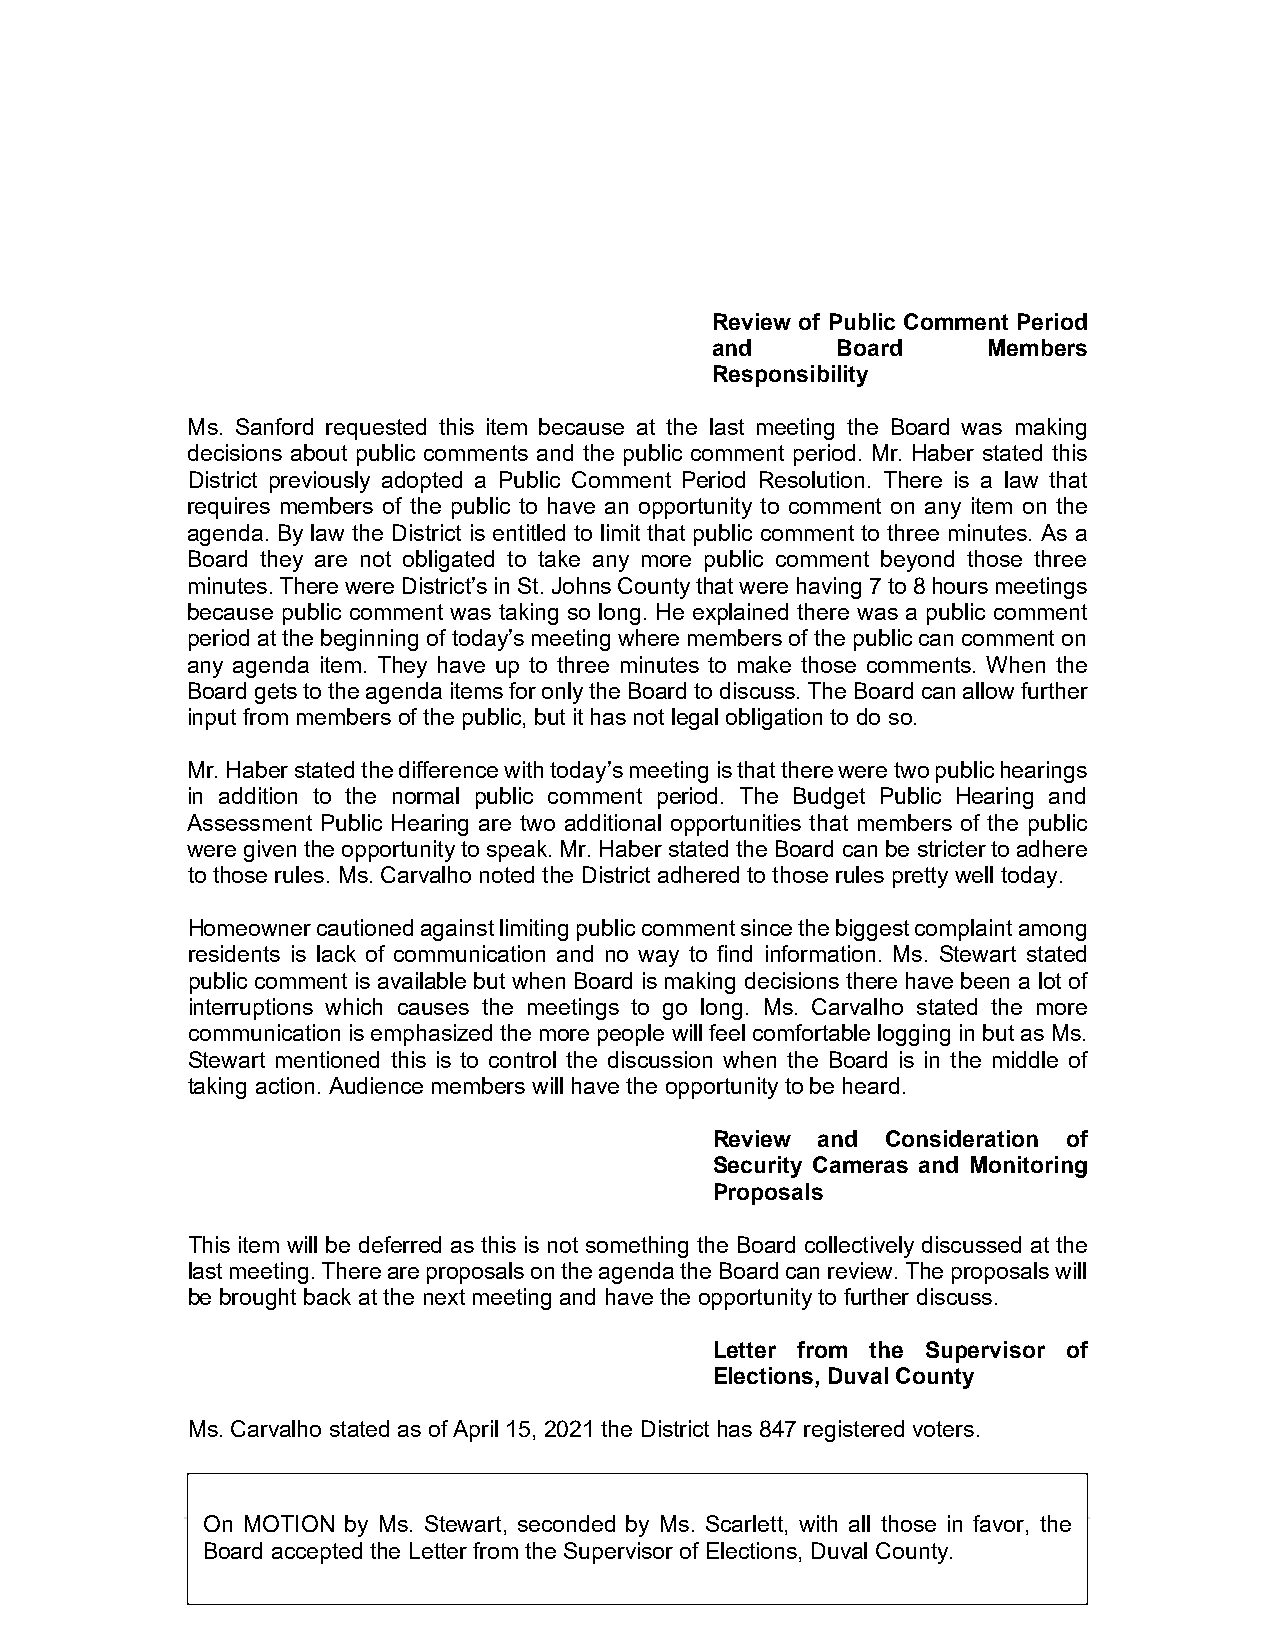
Review of Public Comment Period
 and     Board     Members
 Responsibility
 Ms. Sanford requested this item because at the last meeting the Board was making
 decisions about public comments and the public comment period. Mr. Haber stated this
 District previously adopted a Public Comment Period Resolution. There is a law that
 requires members of the public to have an opportunity to comment on any item on the
 agenda. By law the District is entitled to limit that public comment to three minutes. As a
 Board they are not obligated to take any more public comment beyond those three
 minutes. There were District’s in St. Johns County that were having 7 to 8 hours meetings
 because public comment was taking so long. He explained there was a public comment
 period at the beginning of today’s meeting where members of the public can comment on
 any agenda item. They have up to three minutes to make those comments. When the
 Board gets to the agenda items for only the Board to discuss. The Board can allow further
 input from members of the public, but it has not legal obligation to do so.
 Mr. Haber stated the difference with today’s meeting is that there were two public hearings
 in addition to the normal public comment period. The Budget Public Hearing and
 Assessment Public Hearing are two additional opportunities that members of the public
 were given the opportunity to speak. Mr. Haber stated the Board can be stricter to adhere
 to those rules. Ms. Carvalho noted the District adhered to those rules pretty well today.
 Homeowner cautioned against limiting public comment since the biggest complaint among
 residents is lack of communication and no way to find information. Ms. Stewart stated
 public comment is available but when Board is making decisions there have been a lot of
 interruptions which causes the meetings to go long. Ms. Carvalho stated the more
 communication is emphasized the more people will feel comfortable logging in but as Ms.
 Stewart mentioned this is to control the discussion when the Board is in the middle of
 taking action. Audience members will have the opportunity to be heard.
 Review and  Consideration of
 Security Cameras and Monitoring
 Proposals
 This item will be deferred as this is not something the Board collectively discussed at the
 last meeting. There are proposals on the agenda the Board can review. The proposals will
 be brought back at the next meeting and have the opportunity to further discuss.
 Letter from the Supervisor of
 Elections, Duval County
 Ms. Carvalho stated as of April 15, 2021 the District has 847 registered voters.
 On MOTION by Ms. Stewart, seconded by Ms. Scarlett, with all those in favor, the
 Board accepted the Letter from the Supervisor of Elections, Duval County.